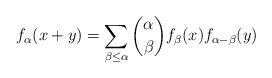
LaTeX: \begin{align*}f_{\alpha}(x+y)=\sum_{\beta\leq \alpha} \binom{\alpha}{\beta} f_{\beta}(x)f_{\alpha-\beta}(y)\end{align*}